Papers set at the Examination for Leaving Certificates, 1893
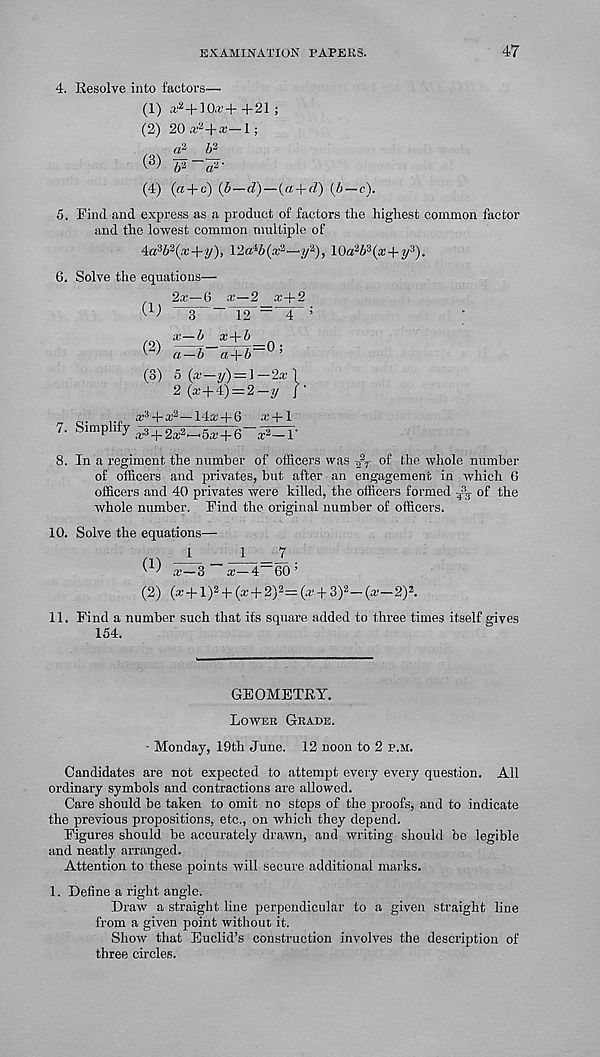
EXAMINATION PAPERS.
47
4. Resolve into factors—
(1) a. ,2 +10*4- +21 ;
(2) 20 a; 2 +x—l;
,
a* b”-
^ b* ~a 2 '
(4) (a+c) (b—cT) — (a + f7) (6—c).
5. Find and express as a product of factors the highest common factor
and the lowest common multiple of
4a 3 6 a (x+y)> 12a 4l 6(a: 2 —y 2 ), 10a 2 6 3 (a;4-y 3 ).
6. Solve the equations—
2a'—6 x—2 a;4-2
( ' 1 ' )
3
(2)
(3)
a—6 x+b
j
TT^O;
a—b a+b
5 (x—y) — 1 —2a; 1
2 (a’+4) = 2—y /'
7. Simplify
a 3 4-a; 3 —14a;+ 6
a; 3 +2a; 2 "5a’ + 6
a’ +1
.r 3 —r
8. In a regiment the number of officers was
of the whole number
of officers and privates, but after an engagement in which 0
officer's and 40 privates were killed, the officers formed ^ of the
whole number. Find the original number of officers.
10. Solve the equations—
Kl> x—3 x—4~~60 ’
(2) (a;+1) 2 +■ (a:+2) 2 = (x + 3) 2 — (x—2) 2 .
11. Find a number such that its square added to three times itself gives
154.
GEOMETRY.
Lower Grade.
■ Monday, 19th June. 12 noon to 2 f.m.
Candidates are not expected to attempt every every question. All
ordinary symbols and contractions are allowed.
Care should be taken to omit no steps of the proofs, and to indicate
the previous propositions, etc., on which they depend.
Figures should be accurately drawn, and writing should be legible
and neatly arranged.
Attention to these points will secure additional marks.
1. Define a right angle.
Draw a straight line perpendicular to a given straight line
from a given point without it.
Show that Euclid’s construction involves the description of
three circles.